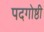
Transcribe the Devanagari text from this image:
पदगोष्ठी